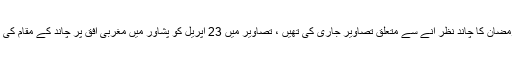
وزارت سائنس نے رمضان کا چاند نظر آنے سے متعلق تصاویر جاری کی تھیں ، تصاویر میں 23 اپریل کو پشاور میں مغربی افق پر چاند کے مقام کی نشاندہی دی گئی تھی۔